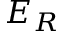
E _ { R }